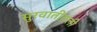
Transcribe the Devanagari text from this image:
सुरवातीतली